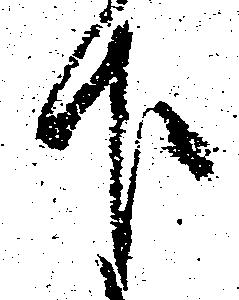
下